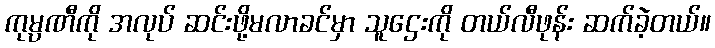
ကုမ္ပဏီကို အလုပ် ဆင်းဖို့မလာခင်မှာ သူဌေးကို တယ်လီဖုန်း ဆက်ခဲ့တယ်။